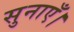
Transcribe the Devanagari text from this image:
सुनाएँ।